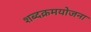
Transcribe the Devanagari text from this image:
शब्दक्रमयोजना